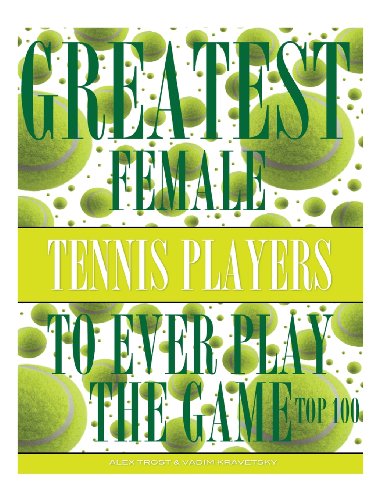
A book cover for Greatest Female Tennis Players to Ever Play the Game: Top 100; Alex Trost; Sports & Outdoors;